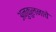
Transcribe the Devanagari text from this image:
अनुकुलनाचे